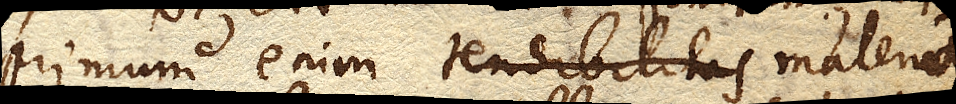
primum enim materia